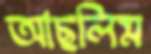
আছলিম